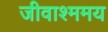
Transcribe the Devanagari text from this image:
जीवाश्ममय